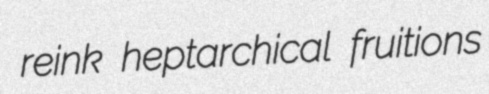
reink heptarchical fruitions